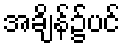
အချိန်၌ပင်